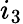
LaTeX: i_{3}